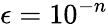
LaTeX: \epsilon=10^{-n}